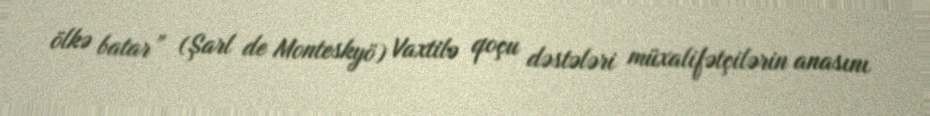
ölkə batar” (Şarl de Monteskyö) Vaxtilə qoçu dəstələri müxalifətçilərin anasını